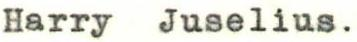
Harry Juselius.